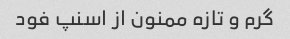
گرم و تازه ممنون از اسنپ فود